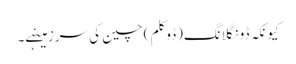
کیونکہ ڈونگلانگ(ڈوکلم) چین کی سرزمینہے۔